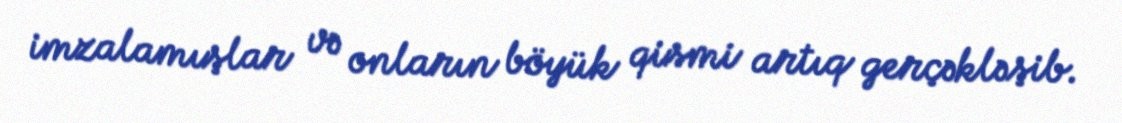
imzalamışlar və onların böyük qismi artıq gerçəkləşib.